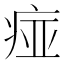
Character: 痖